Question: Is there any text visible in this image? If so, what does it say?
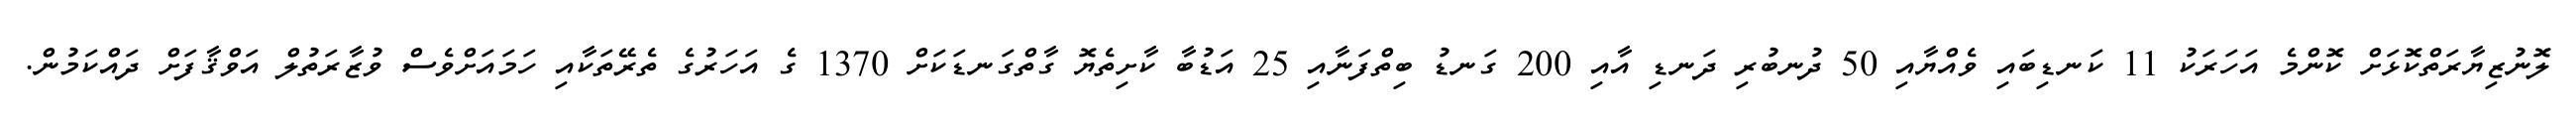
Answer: ލޮނުޒިޔާރަތްކޮޅަށް ކޮންމެ އަހަރަކު 11 ކަނޑިބައި ވެއްޔާއި 50 ދުނބުރި ދަނޑި އާއި 200 ގަނޑު ބިތްފަނާއި 25 އަޑުބާ ކާށިތެޔޮ ގާތްގަނޑަކަށް 1370 ގެ އަހަރުގެ ތެރޭތަކާއި ހަމައަށްވެސް ވުޒާރަތުލް އަވްޤާފަށް ދައްކަމުން.